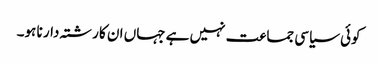
کوئی سیاسی جماعت نہیں ہے جہاں ان کا رشتہ دار نا ہو۔